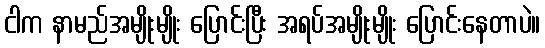
ငါက နာမည်အမျိုးမျိုး ပြောင်းပြီး အရပ်အမျိုးမျိုး ပြောင်းနေတာပဲ။